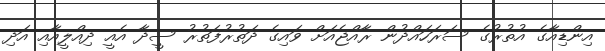
އިންޑިއާގެ އުތުރުގެ ސަރަހައްދުން ރާއްޖެއަށް ވައިގެ ދަތުރުފަތުރު ސީދާ އެއީ ދިއްލީއާއި އަދި